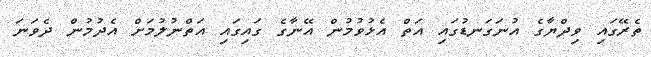
ތެރޭގައި ވިދްޔާގެ އުނަގަނޑުގައި އަތް އެޅުވުމުން އޭނާގެ ގައިގައި އަތްނުލުމަށް އެދުމުން ދެވަނަ